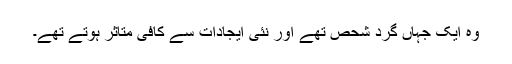
وہ ایک جہاں گرد شحص تھے اور نئی ایجادات سے کافی متاثر ہوتے تھے۔